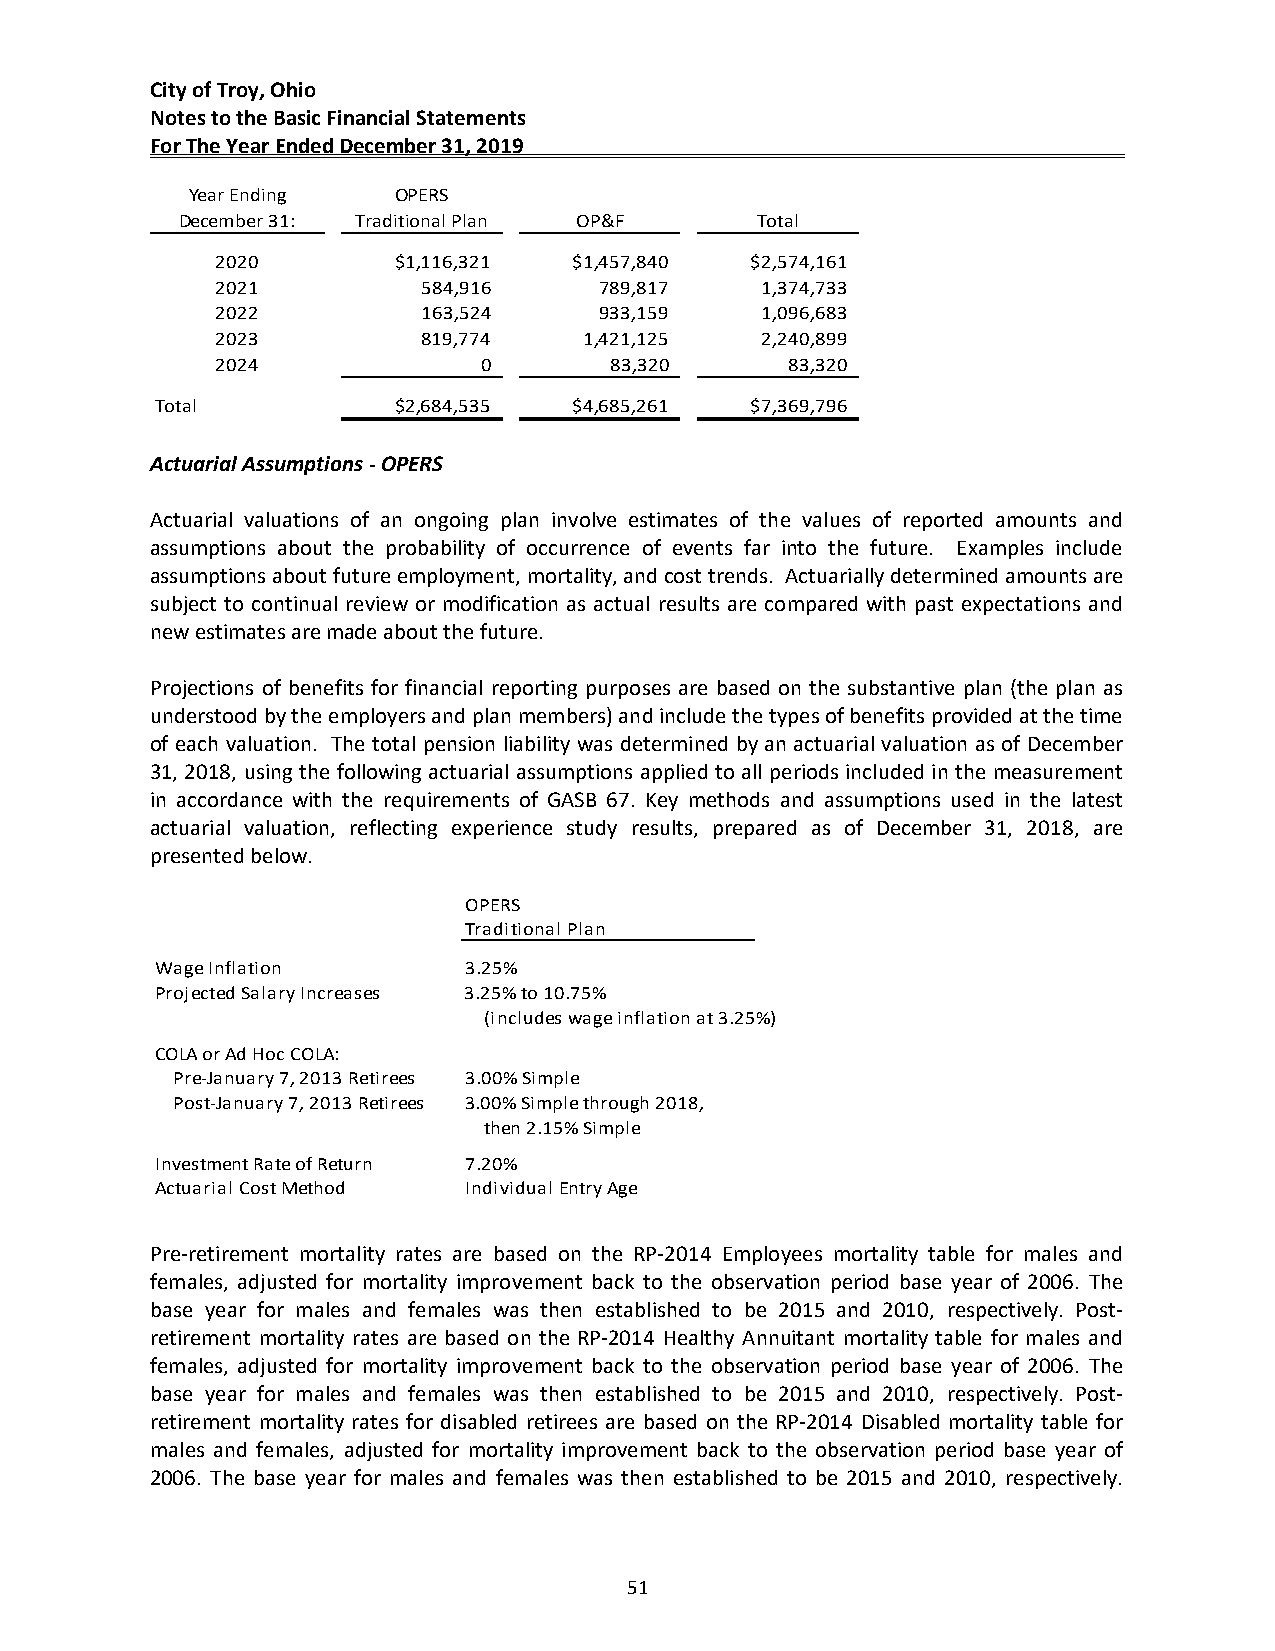
City of Troy, Ohio
 Notes to the Basic Financial Statements
 For The Year Ended December 31, 2019
 Year Ending   OPERS
 December 31: Traditional Plan OP&F    Total
 2020        $1,116,321  $1,457,840  $2,574,161
 2021          584,916     789,817   1,374,733
 2022          163,524     933,159   1,096,683
 2023          819,774    1,421,125  2,240,899
 2024              0       83,320      83,320
 Total           $2,684,535  $4,685,261  $7,369,796
 Actuarial Assumptions ‐ OPERS
 Actuarial valuations of an ongoing plan involve estimates of the values of reported amounts and
 assumptions about the probability of occurrence of events far into the future. Examples include
 assumptions about future employment, mortality, and cost trends. Actuarially determined amounts are
 subject to continual review or modification as actual results are compared with past expectations and
 new estimates are made about the future.
 Projections of benefits for financial reporting purposes are based on the substantive plan (the plan as
 understood by the employers and plan members) and include the types of benefits provided at the time
 of each valuation. The total pension liability was determined by an actuarial valuation as of December
 31, 2018, using the following actuarial assumptions applied to all periods included in the measurement
 in accordance with the requirements of GASB 67. Key methods and assumptions used in the latest
 actuarial valuation, reflecting experience study results, prepared as of December 31, 2018, are
 presented below.
 OPERS
 Traditional Plan
 Wage Inflation       3.25%
 Projected Salary Increases 3.25% to 10.75%
 (includes wage inflation at 3.25%)
 COLA or Ad Hoc COLA:
 Pre‐January 7, 2013 Retirees 3.00% Simple
 Post‐January 7, 2013 Retirees 3.00% Simple through 2018,
 then 2.15% Simple
 Investment Rate of Return 7.20%
 Actuarial Cost Method Individual Entry Age
 Pre‐retirement mortality rates are based on the RP‐2014 Employees mortality table for males and
 females, adjusted for mortality improvement back to the observation period base year of 2006. The
 base year for males and females was then established to be 2015 and 2010, respectively. Post‐
 retirement mortality rates are based on the RP‐2014 Healthy Annuitant mortality table for males and
 females, adjusted for mortality improvement back to the observation period base year of 2006. The
 base year for males and females was then established to be 2015 and 2010, respectively. Post‐
 retirement mortality rates for disabled retirees are based on the RP‐2014 Disabled mortality table for
 males and females, adjusted for mortality improvement back to the observation period base year of
 2006. The base year for males and females was then established to be 2015 and 2010, respectively.
 51